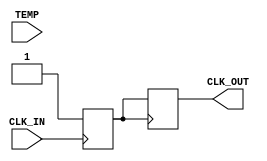
module Temp_Compensated_Clock_Buffer (
    input wire CLK_IN,          // Input clock signal
    input wire [7:0] TEMP,     // 8-bit temperature signal (for simplicity)
    output reg CLK_OUT          // Compensated output clock signal
);

// Parameters for compensation (these would need to be calibrated)
parameter TEMP_THRESHOLD = 8'd25; // Example threshold temperature
parameter COMPENSATION_FACTOR = 2; // Example compensation factor

// Internal signals
reg [7:0] compensation_delay; // Delay based on temperature
reg clk_buf;                  // Buffered clock signal

// Schmitt Trigger-like behavior (simplified)
always @(posedge CLK_IN) begin
    if (CLK_IN) begin
        clk_buf <= 1'b1; // Clean up the clock signal
    end else begin
        clk_buf <= 1'b0;
    end
end

// Compensation logic based on temperature
always @(*) begin
    if (TEMP < TEMP_THRESHOLD) begin
        compensation_delay = 8'd0; // No compensation needed
    end else begin
        compensation_delay = (TEMP - TEMP_THRESHOLD) * COMPENSATION_FACTOR; // Simple linear compensation
    end
end

// Output stage with delay compensation
always @(posedge clk_buf) begin
    #compensation_delay CLK_OUT <= clk_buf; // Apply compensation delay
end

endmodule